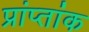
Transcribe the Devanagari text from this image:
प्रांप्तांक